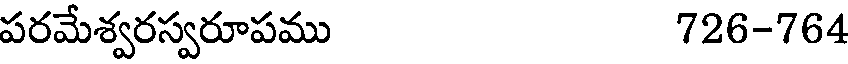
పరమేశ్వరస్వరూపము 726-764